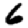
Digit: 6